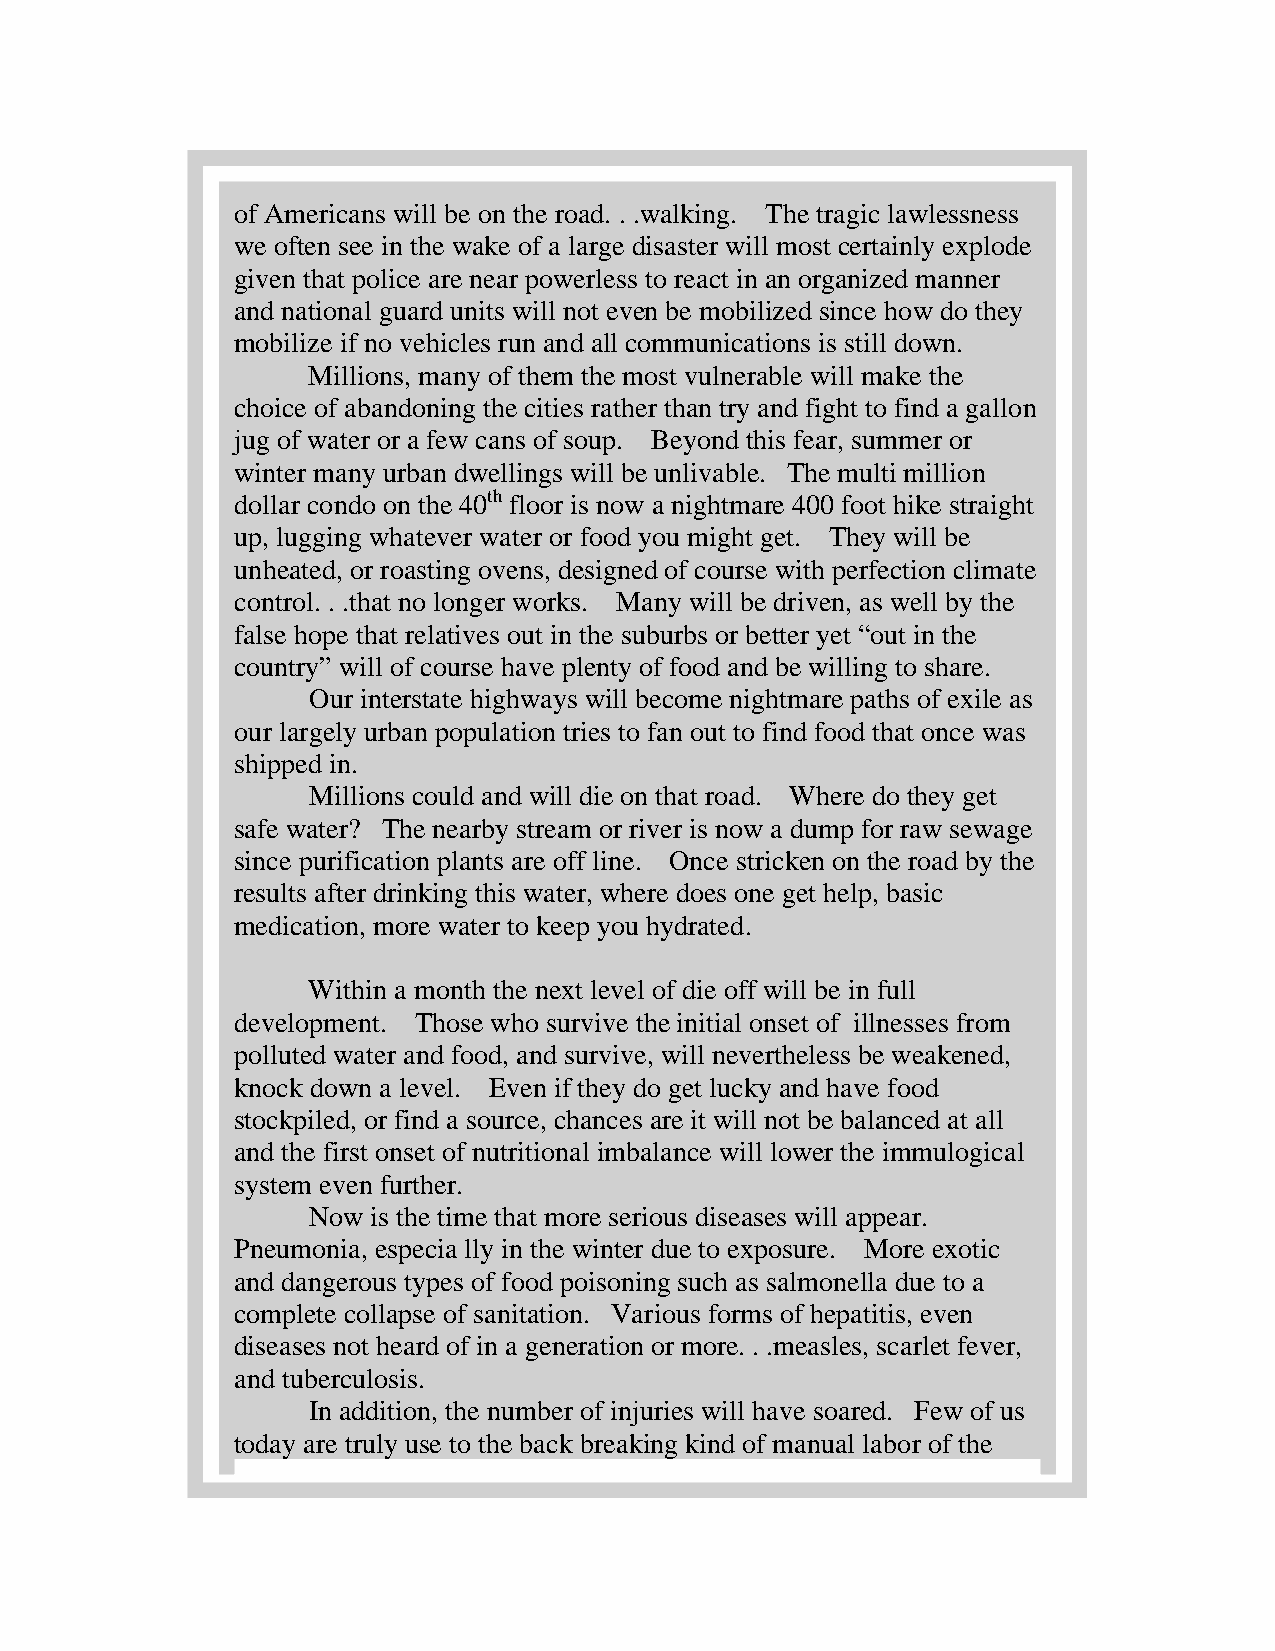
of Americans will be on the road. . .walking. The tragic lawlessness
 we often see in the wake of a large disaster will most certainly explode
 given that police are near powerless to react in an organized manner
 and national guard units will not even be mobilized since how do they
 mobilize if no vehicles run and all communications is still down.
 Millions, many of them the most vulnerable will make the
 choice of abandoning the cities rather than try and fight to find a gallon
 jug of water or a few cans of soup. Beyond this fear, summer or
 winter many urban dwellings will be unlivable. The multi million
 dollar condo on the 40th floor is now a nightmare 400 foot hike straight
 up, lugging whatever water or food you might get. They will be
 unheated, or roasting ovens, designed of course with perfection climate
 control. . .that no longer works. Many will be driven, as well by the
 false hope that relatives out in the suburbs or better yet “out in the
 country” will of course have plenty of food and be willing to share.
 Our interstate highways will become nightmare paths of exile as
 our largely urban population tries to fan out to find food that once was
 shipped in.
 Millions could and will die on that road. Where do they get
 safe water? The nearby stream or river is now a dump for raw sewage
 since purification plants are off line. Once stricken on the road by the
 results after drinking this water, where does one get help, basic
 medication, more water to keep you hydrated.
 Within a month the next level of die off will be in full
 development. Those who survive the initial onset of illnesses from
 polluted water and food, and survive, will nevertheless be weakened,
 knock down a level. Even if they do get lucky and have food
 stockpiled, or find a source, chances are it will not be balanced at all
 and the first onset of nutritional imbalance will lower the immulogical
 system even further.
 Now  is the time that more serious diseases will appear.
 Pneumonia, especia lly in the winter due to exposure. More exotic
 and dangerous types of food poisoning such as salmonella due to a
 complete collapse of sanitation. Various forms of hepatitis, even
 diseases not heard of in a generation or more. . .measles, scarlet fever,
 and tuberculosis.
 In addition, the number of injuries will have soared. Few of us
 today are truly use to the back breaking kind of manual labor of the